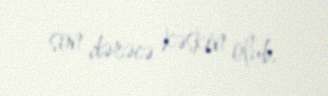
son dərəcə kəskin olub.